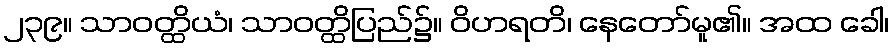
၂၃၉။ သာဝတ္ထိယံ၊ သာဝတ္ထိပြည်၌။ ဝိဟရတိ၊ နေတော်မူ၏။ အထ ခေါ၊